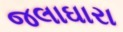
જલાઘારા